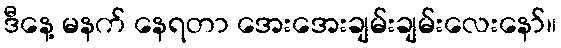
ဒီနေ့ မနက် နေရတာ အေးအေးချမ်းချမ်းလေးနော်။